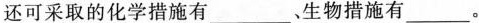
还可采取的化学措施有___、生物措施有___。